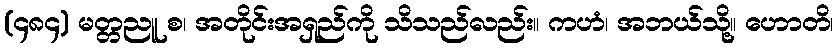
(၄၈၄) မတ္တညူ စ၊ အတိုင်းအရှည်ကို သိသည်လည်း။ ကဟံ၊ အဘယ်သို့။ ဟောတိ၊